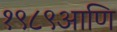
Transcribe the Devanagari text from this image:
१९८९आणि